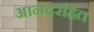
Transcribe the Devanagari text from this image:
आनंदरहित